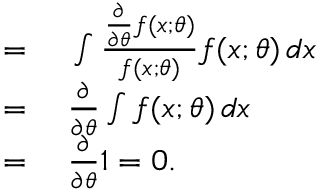
\begin{array} { r l } { = { } } & { { } \int { \frac { { \frac { \partial } { \partial \theta } } f ( x ; \theta ) } { f ( x ; \theta ) } } f ( x ; \theta ) \, d x } \\ { = { } } & { { } { \frac { \partial } { \partial \theta } } \int f ( x ; \theta ) \, d x } \\ { = { } } & { { } { \frac { \partial } { \partial \theta } } 1 = 0 . } \end{array}